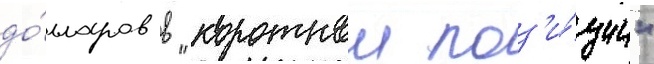
до́лларов в "короткои поз'и́ции"